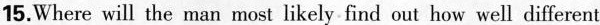
15.Where will the man most likely find out how well different